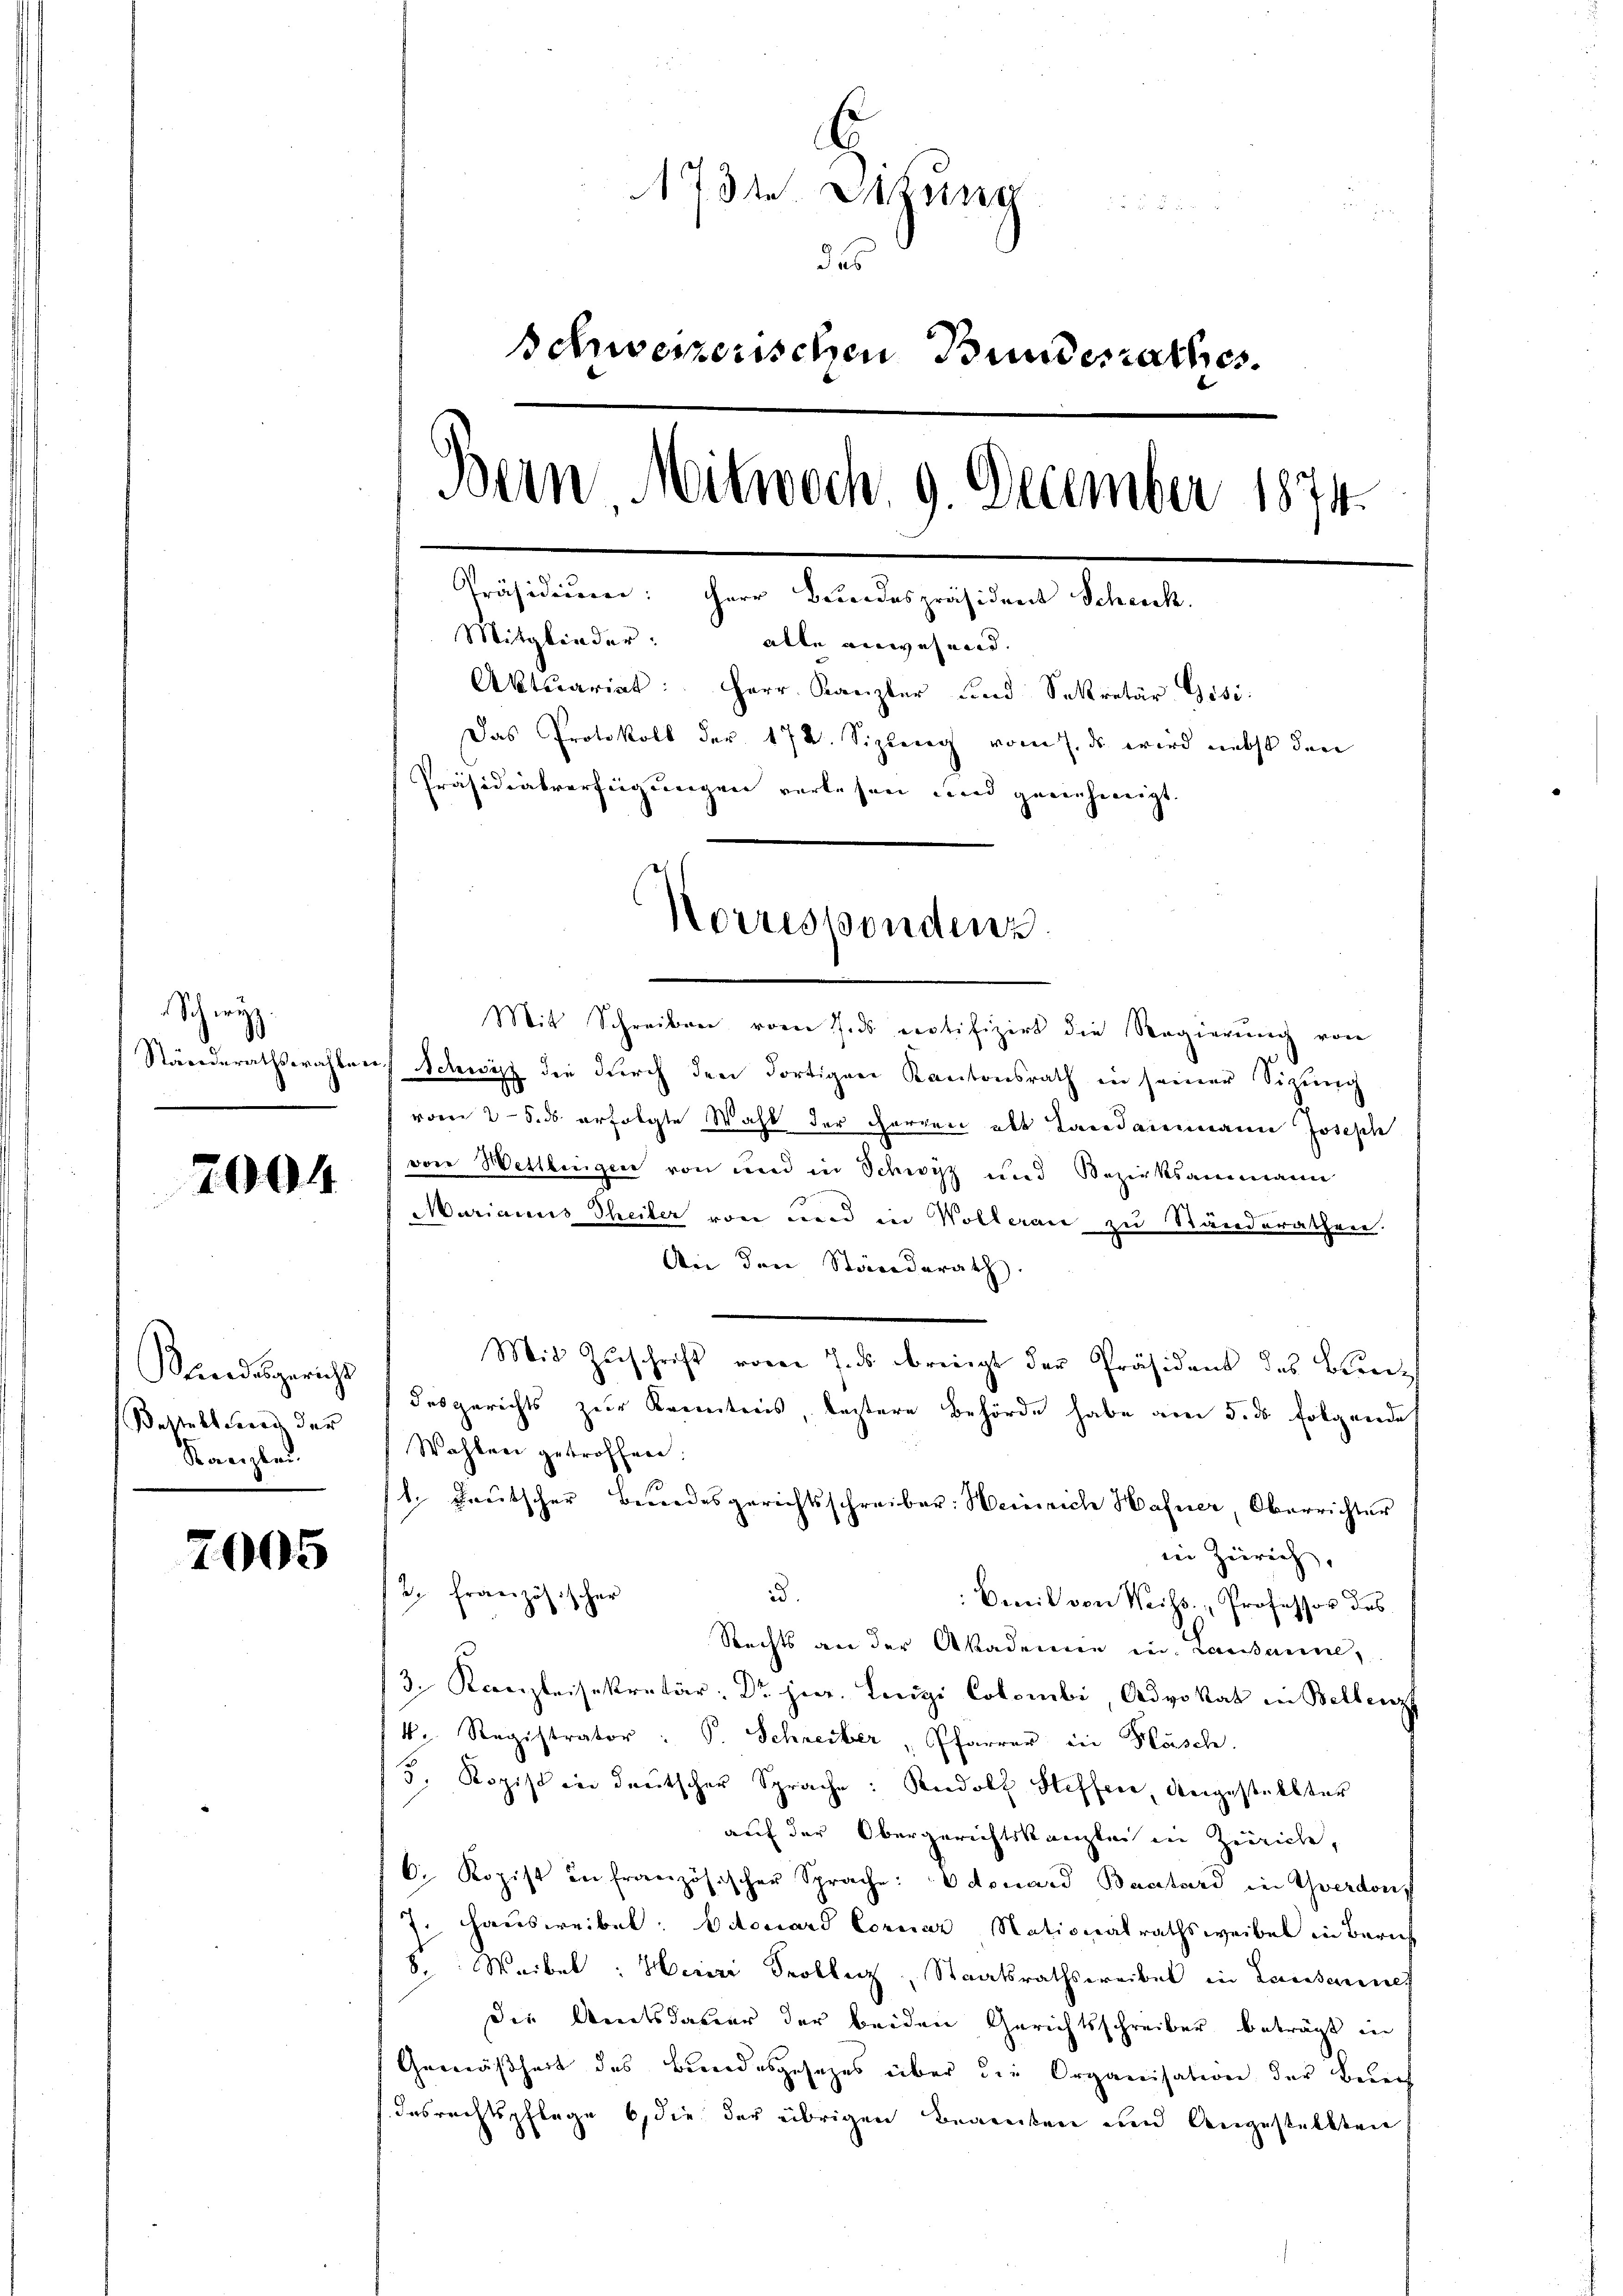
Schwyz

2004

Bundesgericht
Bestalt Frau der
Kanzlei.

2005

731. Digung
das
schweizerischen Bundesrathes.
Bern Mitwoch. 9. December 1874.
Präsidicerer: Herr Bundespräsident Scheick.
Mitglieder: alle anwesend.
Aktuariat: Herr Kanzler und Sekretär Gisi
Das Protokoll der 172. Sizleng vom 7. ds wird nebst der
Präsidialverfügungen verlesen und genehmigt
Norrespondenz

Mit Schreiben vom 1. ds erotifizirt die Regierung von
Ständerathswahlen Schwyz die durch den dortigen Kantonsrath in seiner Sizung
vom 25. ds erfolgte Wahl der Herren als Landammann Joseph
von Wettlingen von und in Schwyz und Bezirksammann
Marianus Theiler von und in Wolleran zu Standerathen.
Abei den Standerath
Mit Zuschrift vom 7. ds bringt der Präsident des Benz
desgerichts zur Beereitens, leztere Behörde habe am 5. ds folgende
Wahlen getröffnen.
l. Leutscher Bundesgerichtsschreiber: Heinrich Hafner, Oberrichter
in Zürich,
id.
B. Französischer
: Emil von Weiss. Professor des
Rechts an der Akademie in Lausanne,
3. Kanzleisekretär: Dr. jur. Luigi Colombi, Advokat in Bellenz,
k. Registrator: P. Schreiber, Pfarrer in Husch.
3. Ropist in deutscher Sprache: Rudolf Heffene Angestellter
auf der Obergerichtskanzlei in Zürich,
C. Kopist in französischer Sprache: Odouard Bastard in Yverdorf
7 Hausweibel: Edouard Corner Nationalrathsweibel in Zürich
8. Weibel: Heini Problenz, Staatsrathsweibel in Lauseine
die Amtsdauer der beiden Gerichtsschreiber beträgt in
Gemäßheit des Bundesgesezes über die Organisation der Berch
desrechtspflege 6, die der übrigen Beanten und Angestellten